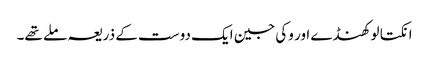
انکتا لوکھنڈے اور وکی جین ایک دوست کے ذریعہ ملے تھے۔